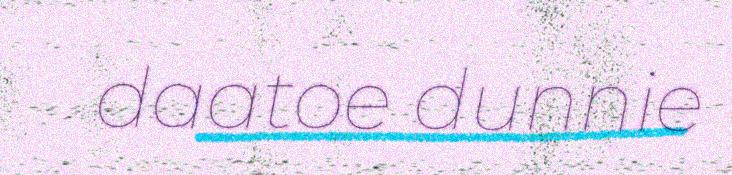
daatoe dunnie